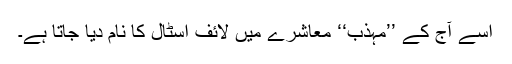
اسے آج کے ’’مہذب‘‘ معاشرے میں لائف اسٹال کا نام دیا جاتا ہے۔